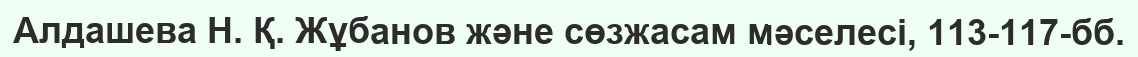
Алдашева Н. Қ. Жұбанов және сөзжасам мәселесі, 113-117-бб.